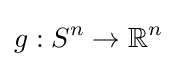
g:S^{n}\to \mathbb {R} ^{n}